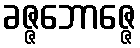
ခဇ္ဇဘောဇ္ဇေ